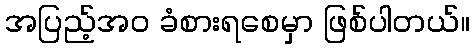
အပြည့်အဝ ခံစားရစေမှာ ဖြစ်ပါတယ်။